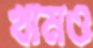
খামও